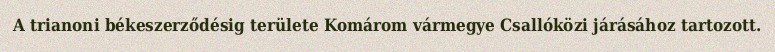
A trianoni békeszerződésig területe Komárom vármegye Csallóközi járásához tartozott.